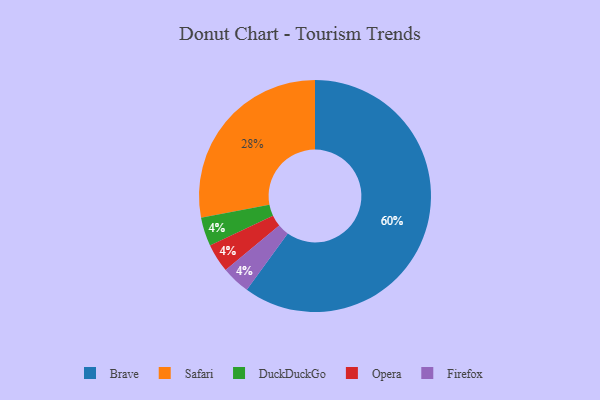
{"axis": {"x": "Category", "y": "Percentage"}, "legend": ["Brave", "DuckDuckGo", "Firefox", "Opera", "Safari"], "data": [{"x": "DuckDuckGo", "y": 4, "type": "DuckDuckGo"}, {"x": "Opera", "y": 4, "type": "Opera"}, {"x": "Safari", "y": 28, "type": "Safari"}, {"x": "Firefox", "y": 4, "type": "Firefox"}, {"x": "Brave", "y": 60, "type": "Brave"}]}